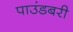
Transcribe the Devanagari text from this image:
पाउंडबरी